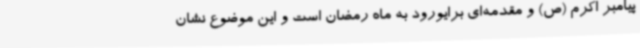
پیامبر اکرم (ص) و مقدمه‌ای برایورود به ماه رمضان است و این موضوع نشان